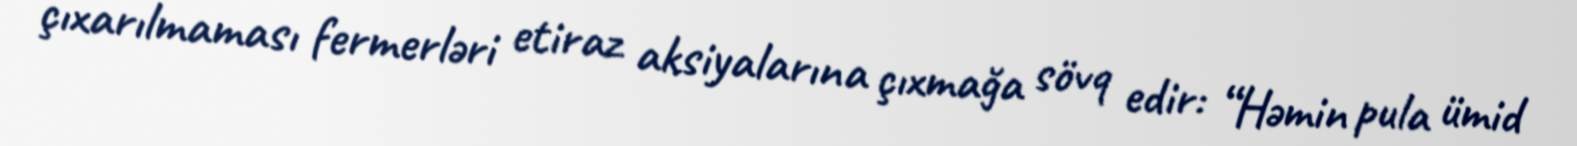
çıxarılmaması fermerləri etiraz aksiyalarına çıxmağa sövq edir: “Həmin pula ümid